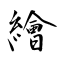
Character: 繪